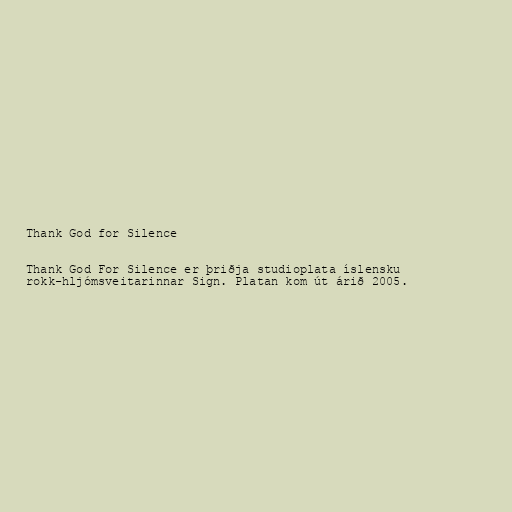
Thank God for Silence

Thank God For Silence er þriðja studioplata íslensku
rokk-hljómsveitarinnar Sign. Platan kom út árið 2005.